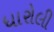
ધારોલી